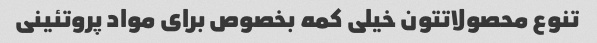
تنوع محصولاتتون خیلی کمه بخصوص برای مواد پروتئینی